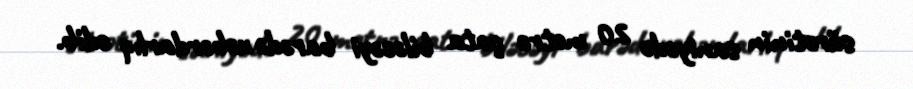
sürətinin saniyədə 20 metrə çata biləcəyi barədə xəbərdarlıq edib.